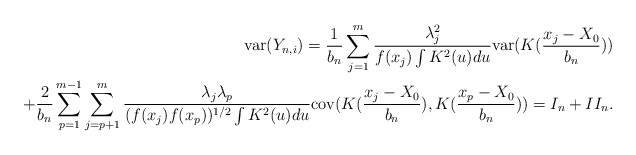
\begin{align*}\mathrm{var}(Y_{n,i})=\frac{1}{b_{n}}\sum_{j=1}^{m}\frac{\lambda_{j}^{2}}{f(x_{j})\int K^{2}(u)du}\mathrm{var}(K(\frac{x_{j}-X_{0}}{b_{n}}))\\+\frac{2}{b_{n}}\sum_{p=1}^{m-1}\sum_{j=p+1}^{m}\frac{\lambda_{j}\lambda_{p}}{(f(x_{j})f(x_{p}))^{1/2}\int K^{2}(u)du}\mathrm{cov}(K(\frac{x_{j}-X_{0}}{b_{n}}),K(\frac{x_{p}-X_{0}}{b_{n}}))=I_{n}+II_{n}. \end{align*}